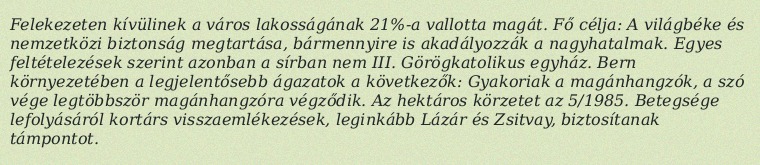
Felekezeten kívülinek a város lakosságának 21%-a vallotta magát. Fő célja: A világbéke és nemzetközi biztonság megtartása, bármennyire is akadályozzák a nagyhatalmak. Egyes feltételezések szerint azonban a sírban nem III. Görögkatolikus egyház. Bern környezetében a legjelentősebb ágazatok a következők: Gyakoriak a magánhangzók, a szó vége legtöbbször magánhangzóra végződik. Az hektáros körzetet az 5/1985. Betegsége lefolyásáról kortárs visszaemlékezések, leginkább Lázár és Zsitvay, biztosítanak támpontot.